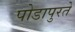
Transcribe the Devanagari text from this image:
पोडापुरते